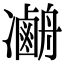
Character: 𠘢